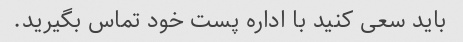
باید سعی کنید با اداره پست خود تماس بگیرید.